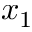
x _ { 1 }